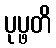
ပုပ္ဖတိ